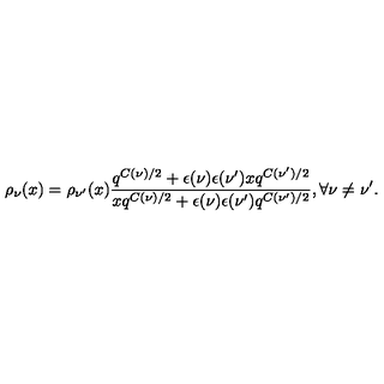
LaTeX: \rho _ { \nu } ( x ) = \rho _ { \nu ^ { \prime } } ( x ) \frac { q ^ { C ( \nu ) / 2 } + \epsilon ( \nu ) \epsilon ( \nu ^ { \prime } ) x q ^ { C ( \nu ^ { \prime } ) / 2 } } { x q ^ { C ( \nu ) / 2 } + \epsilon ( \nu ) \epsilon ( \nu ^ { \prime } ) q ^ { C ( \nu ^ { \prime } ) / 2 } } , \forall \nu \neq \nu ^ { \prime } .